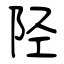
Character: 陉